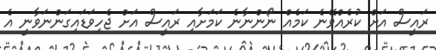
ރައީސް އަށް ކުރެއްވޭނެ ކަމެއް ނޯންނާނެ ކަމަށާއި ރައީސް އަށް ޖެހިވަޑައިގަންނަވާނީ އެ